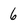
Character: 6